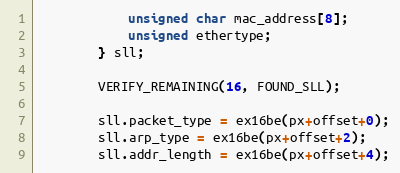
Language: C
            unsigned char mac_address[8];
            unsigned ethertype;
        } sll;

        VERIFY_REMAINING(16, FOUND_SLL);

        sll.packet_type = ex16be(px+offset+0);
        sll.arp_type = ex16be(px+offset+2);
        sll.addr_length = ex16be(px+offset+4);